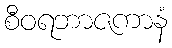
စီဝရဘာဇကာနံ